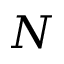
N